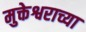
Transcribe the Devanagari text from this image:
मुक्तेश्वराच्या